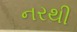
નરથી